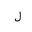
Letter: _lam